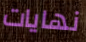
نهايات